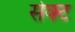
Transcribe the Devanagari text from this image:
सेक्‍ट